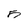
Character: 5